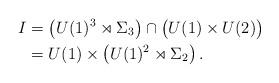
LaTeX: \begin{align*}I &= \left(U(1)^3\rtimes\Sigma_3 \right) \cap \left(\strut U(1)\times U(2)\right) \\ & = U(1)\times \left(\strut U(1)^{2}\rtimes\Sigma_{2} \right).\end{align*}